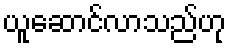
ယူဆောင်လာသည်ဟု